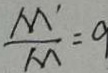
\frac { M ^ { \prime } } { M } = 9